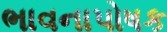
ભાવનાપોષક